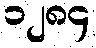
၁၂၈၄